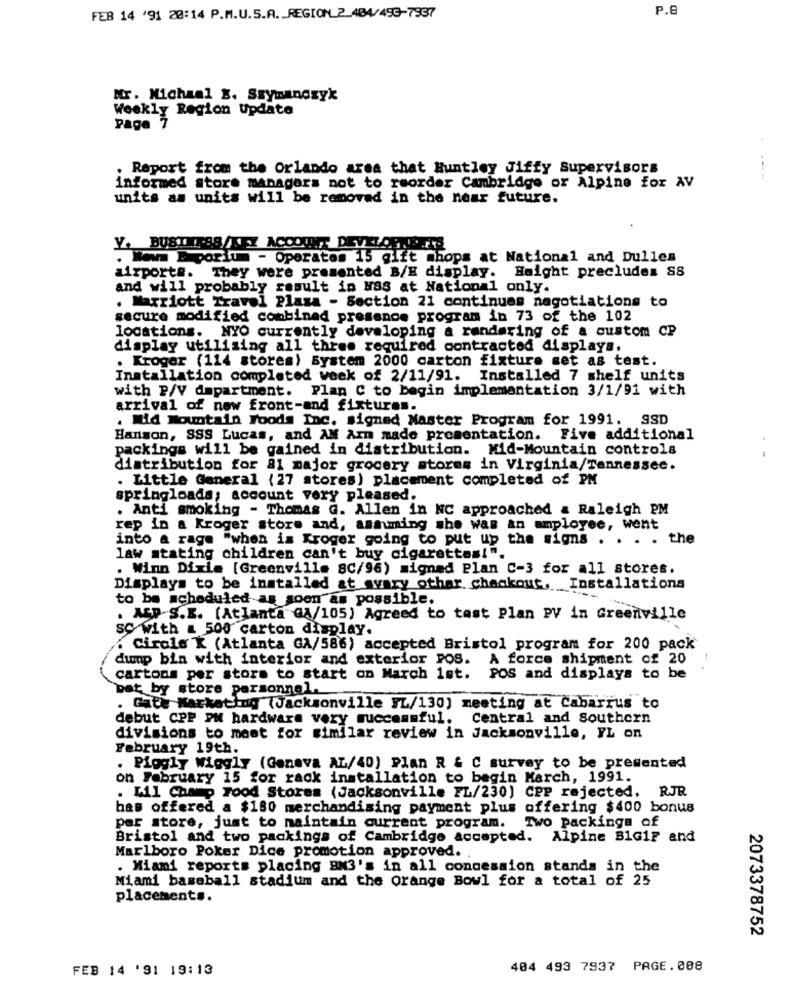
P.8
FEB 14 '91 20:14 P.M.U.S.A. REGION_ 2_484/493-7937
Mr. Michaal E. Szymanosyk
Weekly Region Update
Page 7
. Report from the Orlando area that Huntley Jiffy Supervisors
informed store managers not to reorder Cambridge or Alpine for AV
units as units will be removed in the near future.
Y. BUSINESS/KEZ ACCOUNT DEVELOPMENTS
. Wow Eporium - Operates 15 gift shops at National and Dulles
airport#. They were presented B/E display. Haight precluden SS
and will probably result in MSS at National only.
. Marriott Travel Plaza - Section 21 continues negotiations to
secure modified combined presence program in 73 of the 102
locations. NYO currently developing a randaring of a custom CP
display utilising all three required contracted displays.
. Kroger (114 stores) System 2000 carton fixture set as test.
Installation completed week of 2/11/91. Installed 7 shelf units
with P/V department. Plan C to begin implementation 3/1/91 with
arrival of new front-and fixtures.
. Mid Mountain Foods Inc. signed Master Program for 1991. SSD
Hanson, SSS Lucas, and AM Arn made presentation. Five additional
packings will be gained in distribution. Mid-Mountain controls
distribution for 81 major grocery stores in Virginia/Tennessee.
. Little General (27 stores) placement completed of PM
springloads; account very pleased.
. Anti smoking - Thomas G. Allen in NC approached a Raleigh PM
rep in a Kroger store and, asmining she was an employee, went
into a rage "when is Kroger going to put up the signs . . . . the
law stating children can't buy cigarettes!".
. Winn Dixie [Greenville 8C/96) signed Plan C-3 for all stores.
Displays to be installed at avary other checkout. Installations
to be scheduled as soon as possible.
. ASP S.E. (Atlanta GA/105) Agreed to tast Plan PV in Greenville
sc with a 500 carton display.
. Circle K (Atlanta GA/586) accepted Bristol program for 200 pack
dump bin with interior and exterior POS. A force shipment of 20
-
cartons per stors to start on March 1st. POS and displays to be
bat by store personnel.
. Gate Marketing (Jacksonville FL/130) meeting at Cabarrus to
debut CPP PM hardware very successful. Central and Southern
divisions to meet for similar review in Jacksonville, FL on
February 19th.
. Piggly Wiggly (Geneva AL/40) Plan R & C survey to be presented
on February 15 for rack installation to begin March, 1991.
. Lil Champ Food Stores (Jacksonville FL/230) CPP rejected. RJR
has offered a $180 merchandising payment plus offering $400 bonus
per store, just to maintain current program. Two packings of
Bristol and two packings of Cambridge accepted.
Alpine 81G1F and
Marlboro Poker Dice promotion approved. .
. Miami reports placing 883's in all concession stands in the
Miami baseball stadium and the orange Bowl for a total of 25
placements.
2073378752
FEB 14 '91 19:13
404 493 7937 PAGE. 008